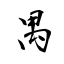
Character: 禺